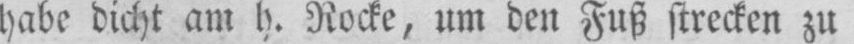
habe dicht am h. Rocke, um den Fuß strecken zu